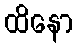
ထိနော